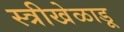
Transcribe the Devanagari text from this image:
स्त्रीखेळाडू